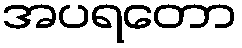
အပရတော